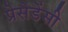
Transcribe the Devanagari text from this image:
प्रेसेडेंसी